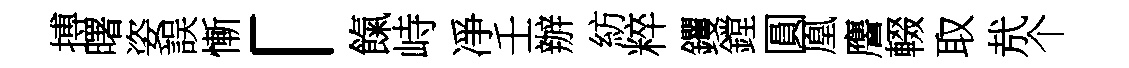
搏曙姿誤慚「餼峙凈壬辦紡粹钁鏜圓凰譍輟取㢤个